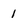
Character: 1